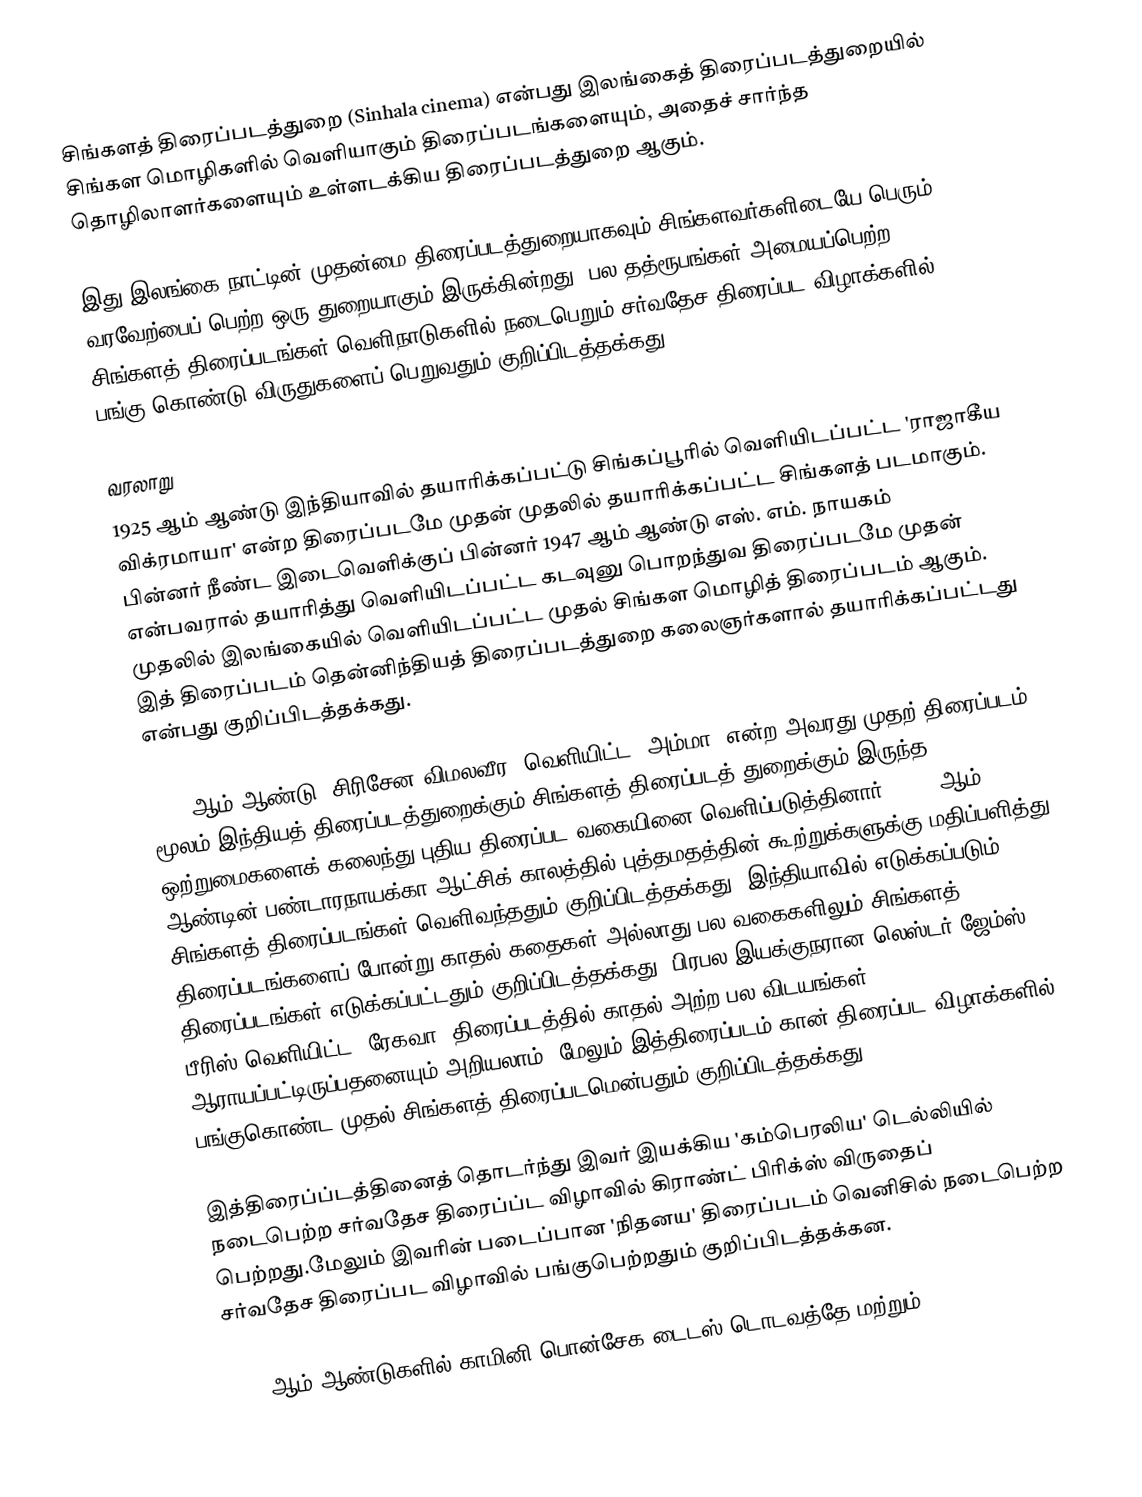
சிங்களத் திரைப்படத்துறை (Sinhala cinema) என்பது இலங்கைத் திரைப்படத்துறையில் சிங்கள மொழிகளில் வெளியாகும் திரைப்படங்களையும், அதைச் சார்ந்த தொழிலாளர்களையும் உள்ளடக்கிய திரைப்படத்துறை ஆகும்.

இது இலங்கை நாட்டின் முதன்மை திரைப்படத்துறையாகவும் சிங்களவர்களிடையே பெரும் வரவேற்பைப் பெற்ற ஒரு துறையாகும் இருக்கின்றது. பல தத்ரூபங்கள் அமையப்பெற்ற சிங்களத் திரைப்படங்கள் வெளிநாடுகளில் நடைபெறும் சர்வதேச திரைப்பட விழாக்களில் பங்கு கொண்டு விருதுகளைப் பெறுவதும் குறிப்பிடத்தக்கது.

வரலாறு
1925 ஆம் ஆண்டு இந்தியாவில் தயாரிக்கப்பட்டு சிங்கப்பூரில் வெளியிடப்பட்ட 'ராஜாகீய விக்ரமாயா' என்ற திரைப்படமே  முதன் முதலில் தயாரிக்கப்பட்ட சிங்களத் படமாகும். பின்னர் நீண்ட இடைவெளிக்குப் பின்னர் 1947 ஆம் ஆண்டு எஸ். எம். நாயகம் என்பவரால் தயாரித்து வெளியிடப்பட்ட கடவுனு பொறந்துவ திரைப்படமே முதன் முதலில் இலங்கையில் வெளியிடப்பட்ட முதல் சிங்கள மொழித் திரைப்படம் ஆகும். இத் திரைப்படம் தென்னிந்தியத் திரைப்படத்துறை கலைஞர்களால் தயாரிக்கப்பட்டது என்பது குறிப்பிடத்தக்கது.

1948 ஆம் ஆண்டு 'சிரிசேன விமலவீர' வெளியிட்ட 'அம்மா' என்ற அவரது முதற் திரைப்படம் மூலம் இந்தியத் திரைப்படத்துறைக்கும் சிங்களத் திரைப்படத் துறைக்கும் இருந்த ஒற்றுமைகளைக் கலைந்து புதிய திரைப்பட வகையினை வெளிப்படுத்தினார். 1956 ஆம் ஆண்டின் பண்டாரநாயக்கா ஆட்சிக் காலத்தில் புத்தமதத்தின் கூற்றுக்களுக்கு மதிப்பளித்து சிங்களத் திரைப்படங்கள் வெளிவந்ததும் குறிப்பிடத்தக்கது. இந்தியாவில் எடுக்கப்படும் திரைப்படங்களைப் போன்று காதல் கதைகள் அல்லாது பல வகைகளிலும் சிங்களத் திரைப்படங்கள் எடுக்கப்பட்டதும் குறிப்பிடத்தக்கது. பிரபல இயக்குநரான லெஸ்டர் ஜேம்ஸ் பீரிஸ் வெளியிட்ட 'ரேகவா' திரைப்படத்தில் காதல் அற்ற பல விடயங்கள் ஆராயப்பட்டிருப்பதனையும் அறியலாம். மேலும் இத்திரைப்படம் கான் திரைப்பட விழாக்களில் பங்குகொண்ட முதல் சிங்களத் திரைப்படமென்பதும் குறிப்பிடத்தக்கது.

இத்திரைப்ப்டத்தினைத் தொடர்ந்து இவர் இயக்கிய 'கம்பெரலிய' டெல்லியில் நடைபெற்ற சர்வதேச திரைப்ப்ட விழாவில் கிராண்ட் பிரிக்ஸ் விருதைப் பெற்றது.மேலும் இவரின் படைப்பான 'நிதனய' திரைப்படம் வெனிசில் நடைபெற்ற சர்வதேச திரைப்பட விழாவில் பங்குபெற்றதும் குறிப்பிடத்தக்கன.

1960 ஆம் ஆண்டுகளில் காமினி பொன்சேக,டைடஸ் டொடவத்தே மற்றும்